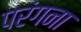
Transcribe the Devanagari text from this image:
परंगना